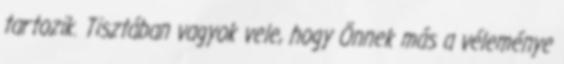
tartozik. Tisztában vagyok vele, hogy Önnek más a véleménye